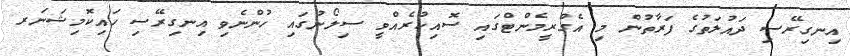
އިނގިރޭސި ދައުލަތުގެ ފަރާތުން މި އެގްރީމެންޓްގައި ސޮއިކުރެއްވީ ސިލޯނުގައި ހުންނެވި އިނގިރޭސި ހައިކޮމިޝަނަރ